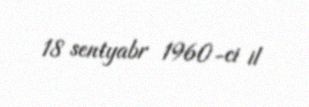
18 sentyabr 1960-ci il